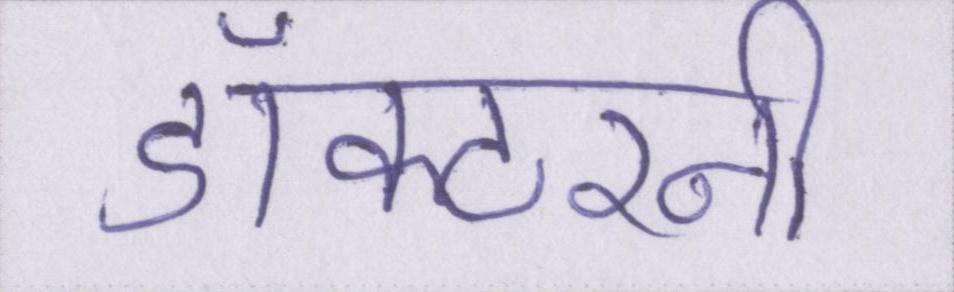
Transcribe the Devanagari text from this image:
डॉक्टरनी